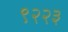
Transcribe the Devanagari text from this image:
९२२३